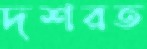
দশরত